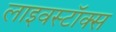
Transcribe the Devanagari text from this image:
लाइवस्टॉक्स